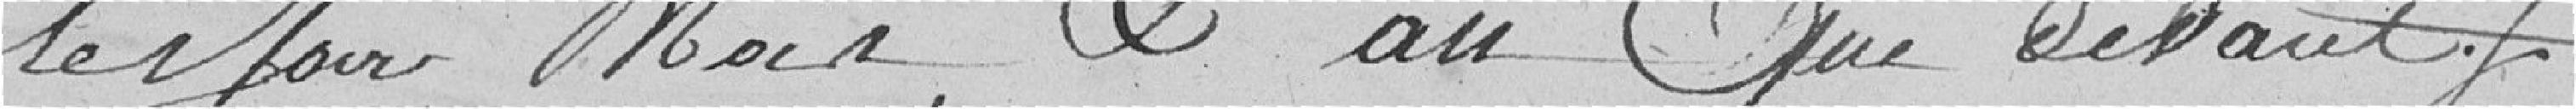
le jour, mois, et an que devant